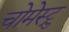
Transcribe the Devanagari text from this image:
चोमेस्ट्रु